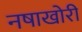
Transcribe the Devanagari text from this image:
नषाखोरी